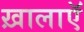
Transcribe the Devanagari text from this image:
ख़ालाएॅ